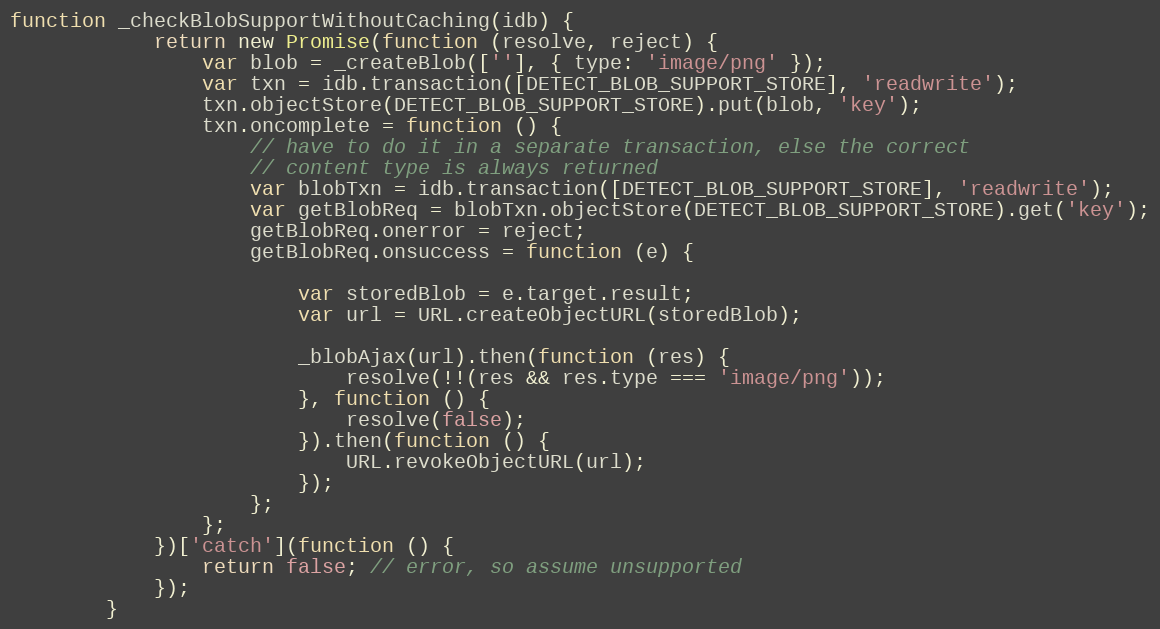
Language: JavaScript
function _checkBlobSupportWithoutCaching(idb) {
	        return new Promise(function (resolve, reject) {
	            var blob = _createBlob([''], { type: 'image/png' });
	            var txn = idb.transaction([DETECT_BLOB_SUPPORT_STORE], 'readwrite');
	            txn.objectStore(DETECT_BLOB_SUPPORT_STORE).put(blob, 'key');
	            txn.oncomplete = function () {
	                // have to do it in a separate transaction, else the correct
	                // content type is always returned
	                var blobTxn = idb.transaction([DETECT_BLOB_SUPPORT_STORE], 'readwrite');
	                var getBlobReq = blobTxn.objectStore(DETECT_BLOB_SUPPORT_STORE).get('key');
	                getBlobReq.onerror = reject;
	                getBlobReq.onsuccess = function (e) {

	                    var storedBlob = e.target.result;
	                    var url = URL.createObjectURL(storedBlob);

	                    _blobAjax(url).then(function (res) {
	                        resolve(!!(res && res.type === 'image/png'));
	                    }, function () {
	                        resolve(false);
	                    }).then(function () {
	                        URL.revokeObjectURL(url);
	                    });
	                };
	            };
	        })['catch'](function () {
	            return false; // error, so assume unsupported
	        });
	    }